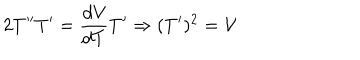
2 T ^ { \prime \prime } T ^ { \prime } = \frac { d \mathcal { V } } { d T } T ^ { \prime } \Rightarrow ( T ^ { \prime } ) ^ { 2 } = \mathcal { V }